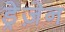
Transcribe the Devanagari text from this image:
ड्रेज़ेन